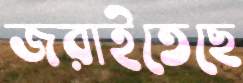
জরাইতেছে